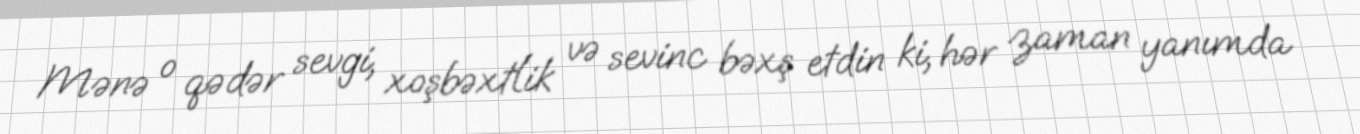
Mənə o qədər sevgi, xoşbəxtlik və sevinc bəxş etdin ki, hər zaman yanımda